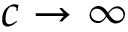
c \to \infty